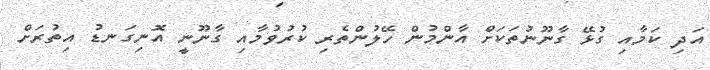
އަދި ކަމާއި ގުޅޭ ގާނޫނުތަކަށް އާންމުން ހޭލުންތެރި ކުރުވުމާއި ގާނޫނީ އޮނިގަނޑު އިތުރަށް